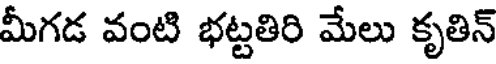
మీగడ వంటి భట్టతిరి మేలు కృతిన్